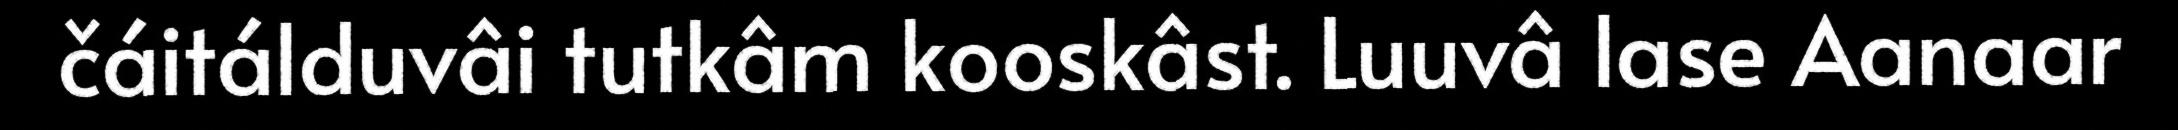
čáitálduvâi tutkâm kooskâst. Luuvâ lase Aanaar